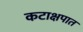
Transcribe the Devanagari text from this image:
कटाक्षपात